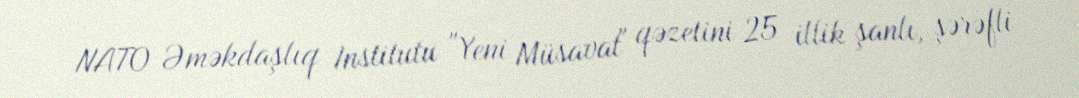
NATO Əməkdaşlıq Institutu "Yeni Müsavat" qəzetini 25 illik şanlı, şərəfli